system: You are a helpful assistant.
user:
Analyze the provided spectrum to determine if it is a **S-type Star**.

- **Key Indicators for S-type Star:**

    - **(Overall Spectrum Shape):** The first and most obvious characteristic is the overall continuum (the "baseline" shape). It is **extremely "red-sloping,"** meaning the flux (light intensity) is very low on the left side (blue, ~4000-4500 Å) and rises steeply and continuously toward the right side (red, ~7000 Å+).

    - **(Primary):** The spectrum is defined by the presence of strong, broad molecular absorption "valleys" (bands) from **Zirconium Oxide (ZrO)**. The identification of these bands is the **primary requirement** for classifying a star as S-type.
        - **(Key Bandheads):** You must find distinct, deep "dips" where the light has been absorbed. The most critical band systems to locate are:
            - **~6474 Å** ($\gamma$-system): This is often the strongest and clearest ZrO feature, found in the red part of the spectrum.
            - **~5718 Å** & **~5551 Å** ($\beta$-system): A pair of prominent absorption features in the yellow-orange part of the spectrum.
            - **~4640 Å** ($\alpha$-system): A key absorption band system in the blue-green region of the spectrum.

    - **(Secondary Confirmation):** The classification is strengthened by finding additional absorption bands from other related heavy element oxides, which are expected to be present alongside ZrO.
        - **(Key Bandheads):**
            - **Yttrium Oxide (YO):** Look for absorption dips near **~4800 Å** and **~6100 Å**.
            - **Lanthanum Oxide (LaO):** Additional absorption features, particularly in the red-orange part of the spectrum, are also characteristic.

    - **(Line Profile):** The combination of the steep red continuum and these numerous, deep molecular bands (ZrO, YO, etc.) gives the entire spectrum a very **"chopped-up"** or **"bumpy"** appearance. Instead of a smooth curve, the spectrum looks as though large, wide chunks of light have been "carved out" of it at the specific wavelengths listed above.

Think first, call **spectral_visualization_tool** if needed to examine features in detail, then provide your final answer. Your response must adhere to the following strict rules:
1.  **Overall Structure:** Your response must follow the format `<think>...</think> <tool_call>...</tool_call> (if a tool is used) <answer>...</answer>`.
2.  **Tool Usage Constraint:** You may only make **one** tool call per turn.
3.  **Final Answer Format:** In the `<answer>` tag, your conclusion must be inside a `\boxed{}` command (e.g., `\boxed{YES}` or `\boxed{NO}`), followed by your justification.

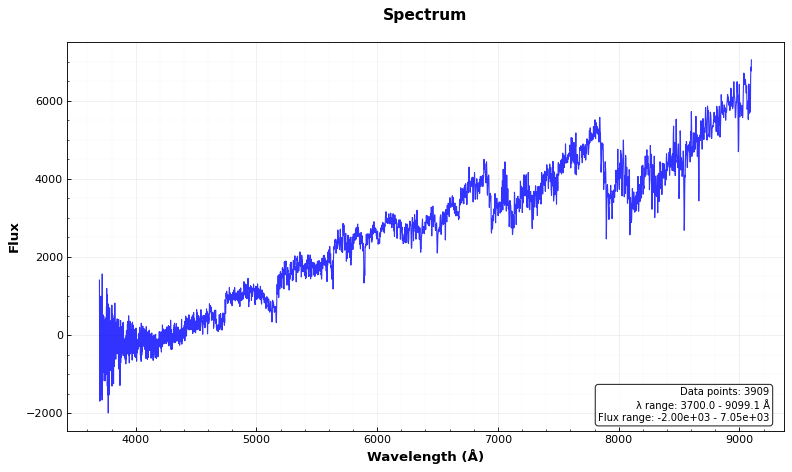
Answer: NO